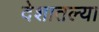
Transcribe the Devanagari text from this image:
देशातल्‍या